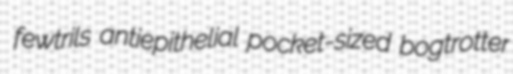
fewtrils antiepithelial pocket-sized bogtrotter